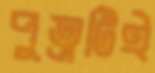
পুত্রটিই